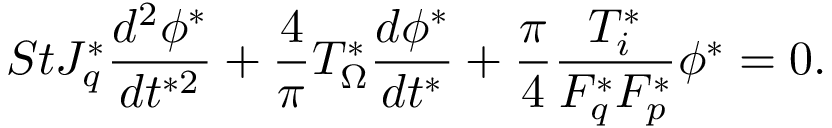
S t J _ { q } ^ { * } \frac { d ^ { 2 } \phi ^ { * } } { d t ^ { * 2 } } + \frac { 4 } { \pi } T _ { \Omega } ^ { * } \frac { d \phi ^ { * } } { d t ^ { * } } + \frac { \pi } { 4 } \frac { T _ { i } ^ { * } } { F _ { q } ^ { * } F _ { p } ^ { * } } \phi ^ { * } = 0 .